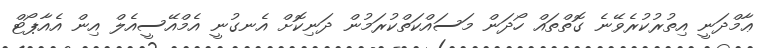
ޢާމްދަނީ އިތުރުކުރެވޭނެ ގޮތްތައް ހޯދަން މަސައްކަތްކުރަމުން ދަނިކޮށް އެނގުނީ އެމްއޭސީއެލް އިން އެއާޕޯޓް